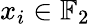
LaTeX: x_{i}\in\mathbb{F}_{2}